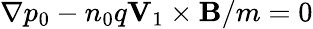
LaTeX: \nabla p_{0}-n_{0}q\mathbf{V}_{1}\times\mathbf{B}/m=0